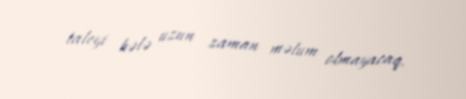
taleyi hələ uzun zaman məlum olmayacaq.